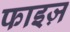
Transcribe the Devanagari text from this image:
फाइज़